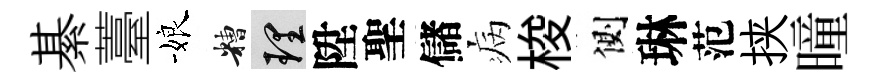
綦薹娘糟理陞聖儲病梭側琳范挟曈